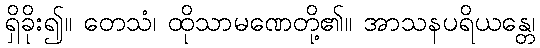
ရှိခိုး၍။ တေသံ၊ ထိုသာမဏေတို့၏။ အာသနပရိယန္တေ၊